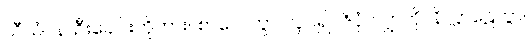
သီသံပန၊ ဦးခေါင်းကိုကား။ စာလေတွာ၊ လှုပ်၍။ ဇိဝှံ၊ လျှာကို။ နိလ္လာဠေတွာ၊